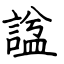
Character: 諡